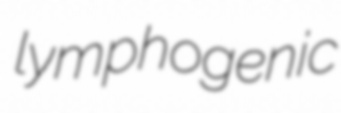
lymphogenic